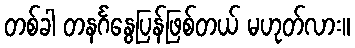
တစ်ခါ တနင်္ဂနွေပြန်ဖြစ်တယ် မဟုတ်လား။